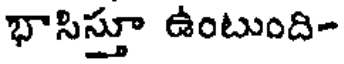
భాసిస్తూ ఉంటుంది-